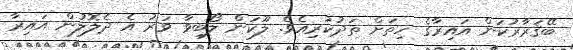
ބޭޤަރާރުކަން އައިރާގެ ހިތަށް ތަދުކުރިއެވެ. ލޫކަން ލޯބިވާ ވަރު އެ ދެލޮލުން އައިރާ